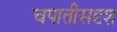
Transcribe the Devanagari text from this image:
चपातीसदृश